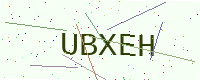
Text: UBXEH